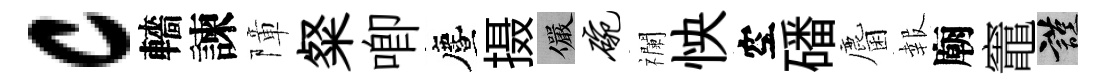
c轖諫障粲唧󵨌摄儼碗襴怏空磻麕報廟竈謹